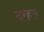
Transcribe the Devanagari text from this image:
दरहल